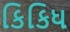
કિકિધ